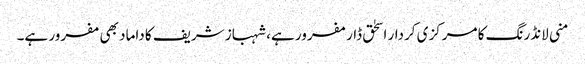
منی لانڈرنگ کا مرکزی کردار اسحٰق ڈار مفرور ہے، شہباز شریف کا داماد بھی مفرور ہے۔